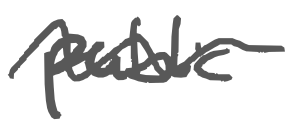
Text: public
Cross-out: wave
Writing tool: digital_gray